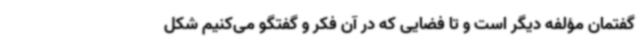
گفتمان مؤلفه دیگر است و تا فضایی که در آن فکر و گفتگو می‌کنیم شکل